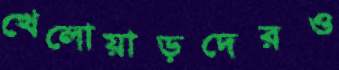
খেলোয়াড়দেরও